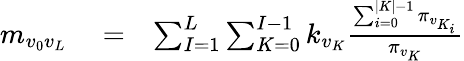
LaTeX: \begin{array}{rlr}{m_{v_{0}v_{L}}}&{{}=}&{\sum_{I=1}^{L}\sum_{K=0}^{I-1}k_{v_{K}}\frac{\sum_{i=0}^{|K|-1}\pi_{v_{K_{i}}}}{\pi_{v_{K}}}}\end{array}